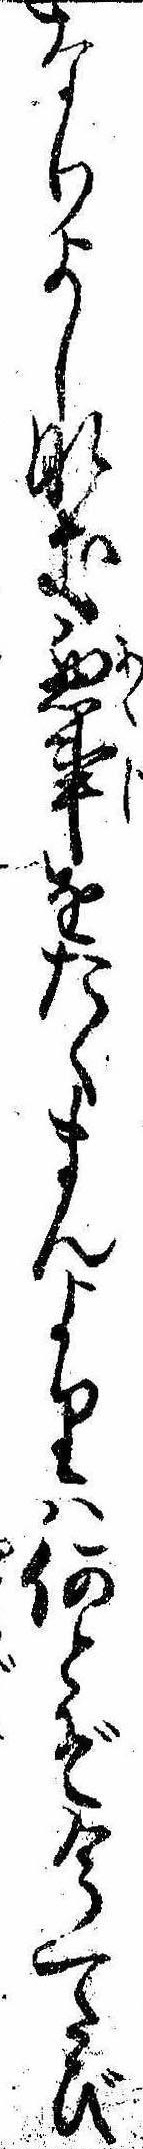
なりよしなき悪事をたくまんよりは何とぞ今一たび